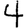
Digit: 4